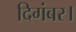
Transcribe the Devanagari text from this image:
दिगंबर।